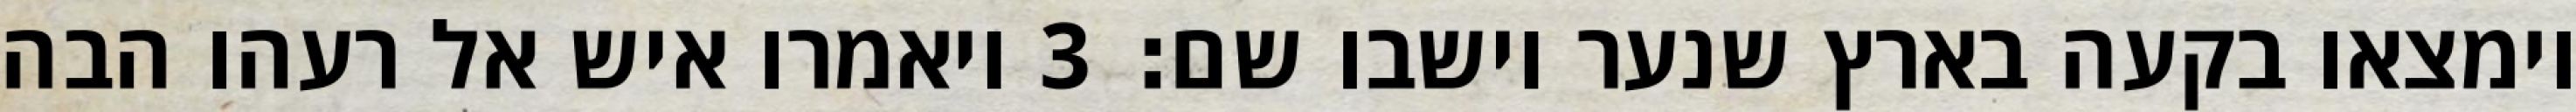
וימצאו בקעה בארץ שנער וישבו שם׃ ‎3‏ ויאמרו איש אל רעהו הבה